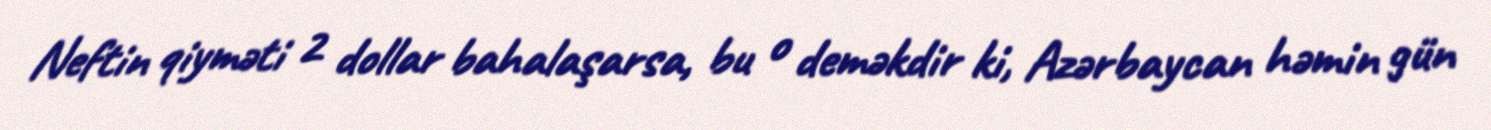
Neftin qiyməti 2 dollar bahalaşarsa, bu o deməkdir ki, Azərbaycan həmin gün